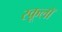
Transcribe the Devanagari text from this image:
स्कूलॉ